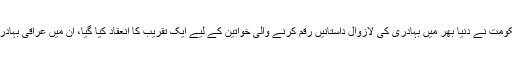
تفصیلات کے مطابق حال ہی میں امریکی حکومت نے دنیا بھر میں بہادری کی لازوال داستانیں رقم کرنے والی خواتین کے لیے ایک تقریب کا انعقاد کیا گیا، ان میں عراقی بہادر خاتون ام اقصیٰ کو بھی اعزاز سے نوازا گیا۔